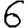
Digit: 6